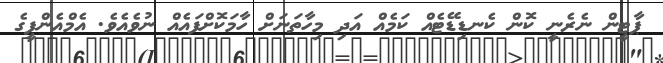
ޕާޓީން ނެރެނީ ކޮން ކެނޑިޑޭޓެއް ކަމެއް އަދި މިހާތަނަށް ހާމަކޮށްފައެއް ނުވެއެވެ. އެމްއެންޕީގެ